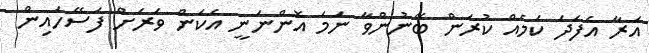
އަރާ އެފަދަ ކަމެއް ކުރަން ބޭނުންވާ ނަމަ އޮންނަނީ އެކަން ވަރަށް ފަސޭހައިން